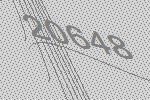
20648